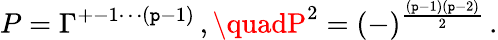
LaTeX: P=\Gamma^{+-1\cdots(\mathtt{p}-1)}\, ,\quadP^{2}=(-)^{\frac{{(\mathtt{p}-1)(\mathtt{p}-2)}}{{2}}}\, .